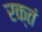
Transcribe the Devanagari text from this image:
रक्तं